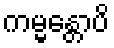
ကမ္မန္တောပိ